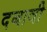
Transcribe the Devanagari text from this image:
दबावी